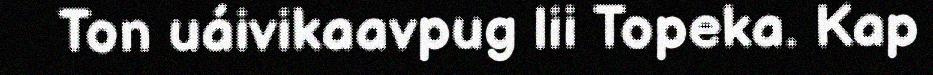
Ton uáivikaavpug lii Topeka. Kap